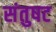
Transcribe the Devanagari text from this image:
संतुषट